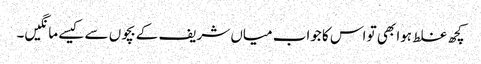
کچھ غلط ہوا بھی تو اس کا جواب میاں شریف کے بچوں سے کیسے مانگیں۔